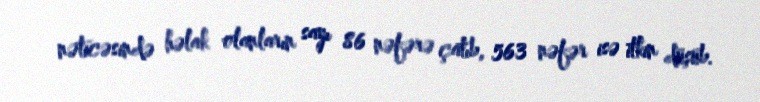
nəticəsində həlak olanların sayı 86 nəfərə çatıb, 563 nəfər isə itkin düşüb.